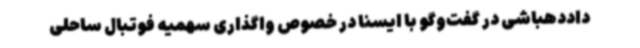
داددهباشی در گفت‌وگو با ایسنا در خصوص واگذاری سهمیه فوتبال ساحلی